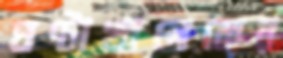
ঘণ্টাখানেকের